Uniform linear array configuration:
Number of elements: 16
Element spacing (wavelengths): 0.25
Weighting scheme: uniform
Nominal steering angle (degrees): -15
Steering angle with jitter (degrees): -15.814
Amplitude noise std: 0.05
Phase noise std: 0.05

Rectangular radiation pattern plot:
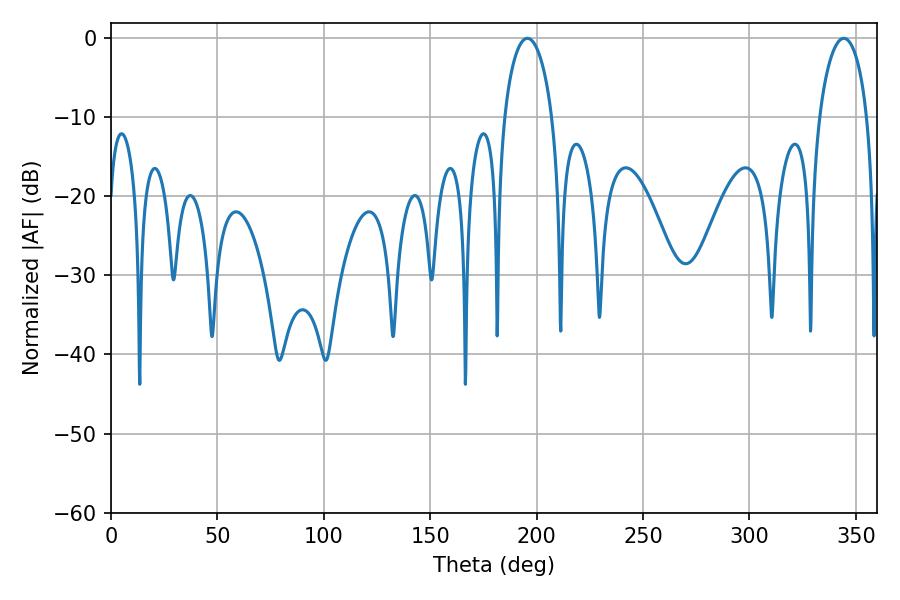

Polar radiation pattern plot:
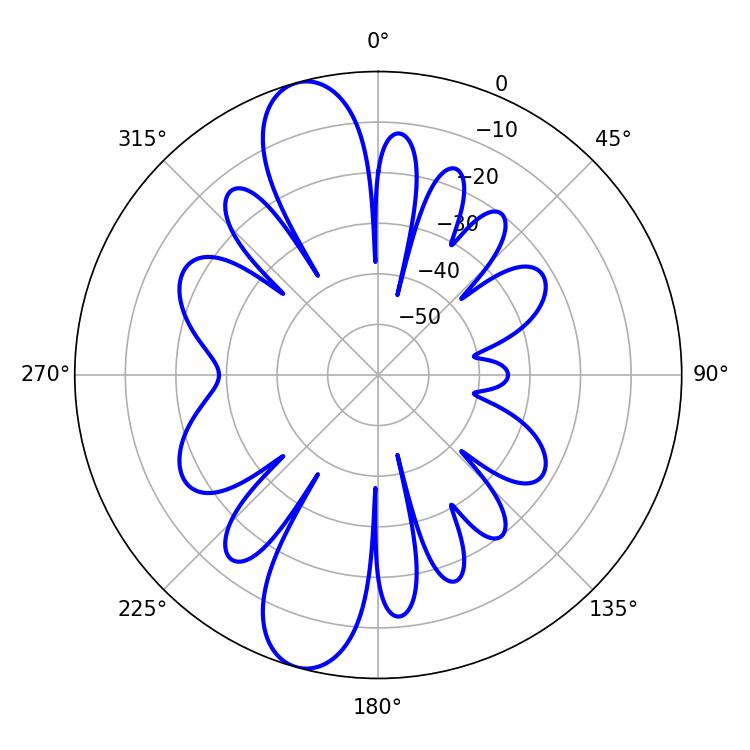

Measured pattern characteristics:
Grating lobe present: FALSE
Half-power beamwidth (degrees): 12.96
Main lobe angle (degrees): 195.66